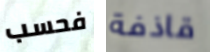
فحسب قاذفة